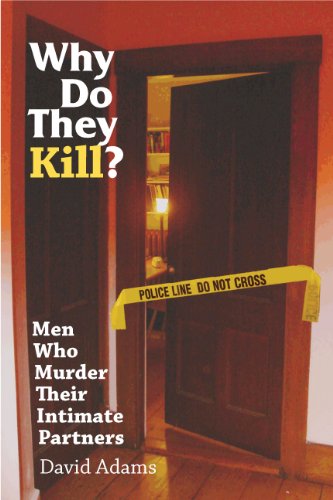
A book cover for Why Do They Kill?: Men Who Murder Their Intimate Partners; David Adams; Medical Books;